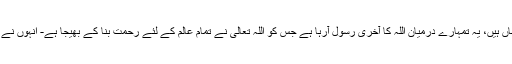
پھر خود ہی کہنے لگا کہ یہ نبی آخر الزماں ہیں، یہ تمہارے درمیان اللہ کا آخری رسول آرہا ہے جس کو اللہ تعالیٰ نے تمام عالم کے لئے رحمت بنا کے بھیجا ہے- انہوں نے راہب سے پوچھاکہ تم نے کیسے پہچانا؟